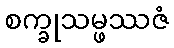
စက္ခုသမ္ဖဿဇံ